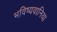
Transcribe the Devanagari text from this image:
भविष्यवानिया